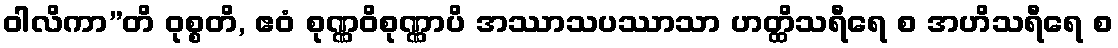
ဝါလိကာ”တိ ဝုစ္စတိ, ဧဝံ စုဏ္ဏဝိစုဏ္ဏာပိ အဿာသပဿာသာ ဟတ္ထိသရီရေ စ အဟိသရီရေ စ